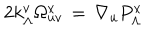
LaTeX: 2 k _ { \Lambda } ^ { v } \Omega _ { u v } ^ { x } \, = \, \nabla _ { u } P _ { \Lambda } ^ { x }